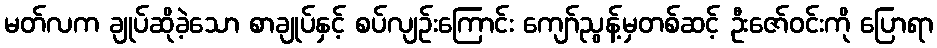
မတ်လက ချုပ်ဆိုခဲ့သော စာချုပ်နှင့် စပ်လျဉ်းကြောင်း ကျော်ညွန့်မှတစ်ဆင့် ဦးဇော်ဝင်းကို ပြောရာ